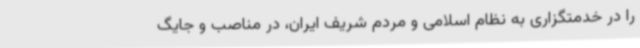
را در خدمتگزاری به نظام اسلامی و مردم شریف ایران، در مناصب و جایگ